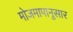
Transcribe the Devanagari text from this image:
मोजमापानुसार